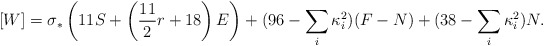
\begin{align*}[W]=\sigma_*\left(11 S + \left({11\over 2} r + 18 \right) E\right) +(96 - \sum_i\kappa_i^2)(F-N) +(38 - \sum_i\kappa_i^2)N.\end{align*}